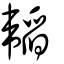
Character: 韜